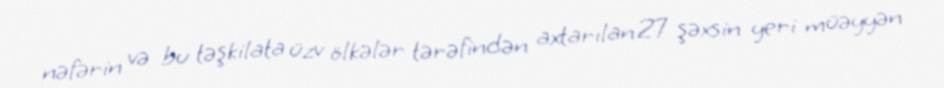
nəfərin və bu təşkilata üzv ölkələr tərəfindən axtarılan 27 şəxsin yeri müəyyən